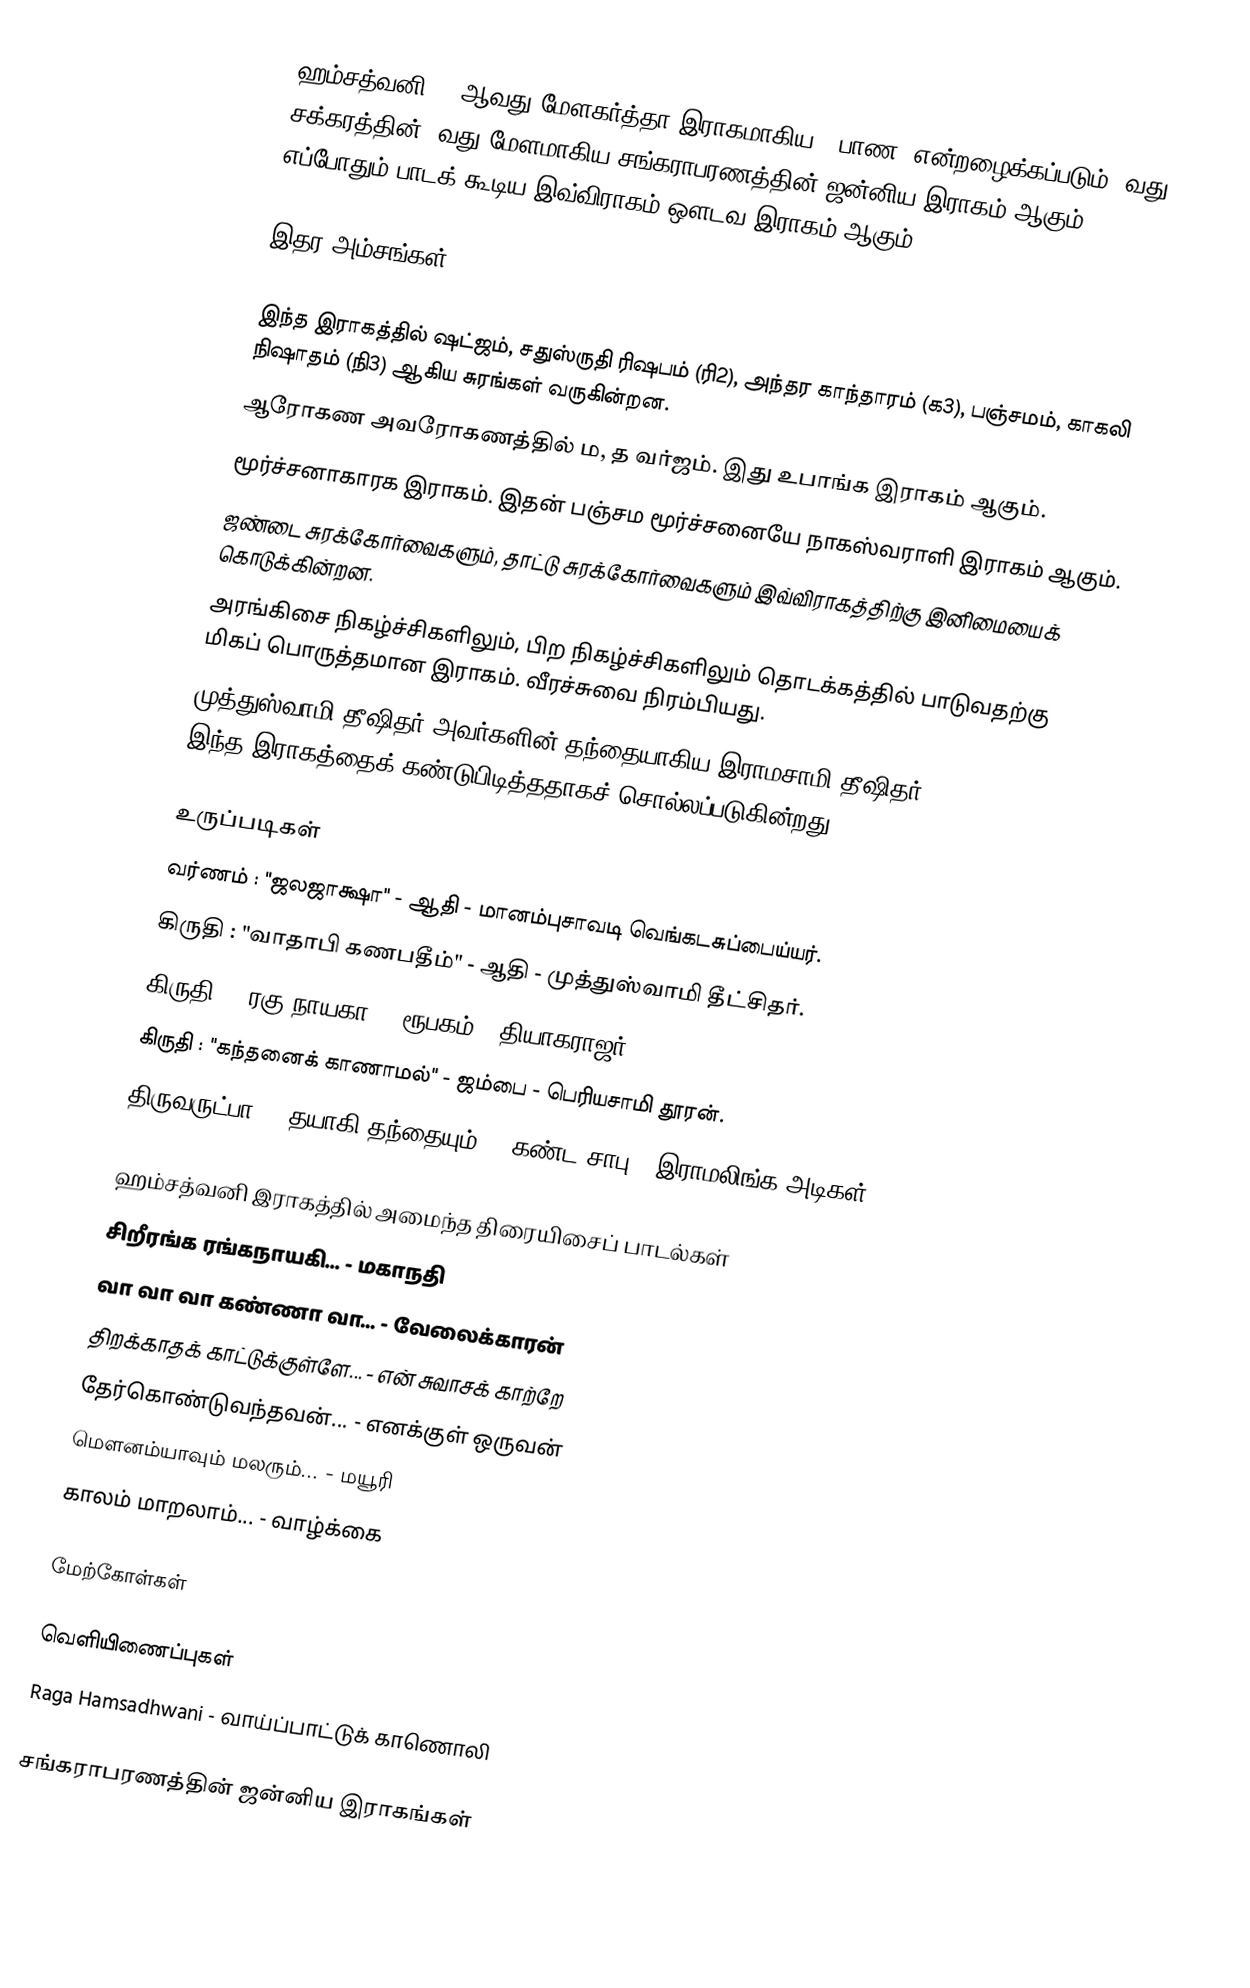
ஹம்சத்வனி 29 ஆவது மேளகர்த்தா இராகமாகிய, "பாண" என்றழைக்கப்படும் 5வது சக்கரத்தின் 5வது மேளமாகிய சங்கராபரணத்தின் ஜன்னிய இராகம் ஆகும். எப்போதும் பாடக் கூடிய இவ்விராகம் ஔடவ இராகம் ஆகும்.

இதர அம்சங்கள்

 இந்த இராகத்தில் ஷட்ஜம், சதுஸ்ருதி ரிஷபம் (ரி2), அந்தர காந்தாரம் (க3), பஞ்சமம், காகலி நிஷாதம் (நி3) ஆகிய சுரங்கள் வருகின்றன.
 ஆரோகண அவரோகணத்தில் ம, த வர்ஜம். இது உபாங்க இராகம் ஆகும்.
 மூர்ச்சனாகாரக இராகம். இதன் பஞ்சம மூர்ச்சனையே நாகஸ்வராளி இராகம் ஆகும்.
 ஜண்டை சுரக்கோர்வைகளும், தாட்டு சுரக்கோர்வைகளும் இவ்விராகத்திற்கு இனிமையைக் கொடுக்கின்றன.
 அரங்கிசை நிகழ்ச்சிகளிலும், பிற நிகழ்ச்சிகளிலும் தொடக்கத்தில் பாடுவதற்கு மிகப் பொருத்தமான இராகம். வீரச்சுவை நிரம்பியது.
 முத்துஸ்வாமி தீஷிதர் அவர்களின் தந்தையாகிய இராமசாமி தீஷிதர் (1735-1817) இந்த இராகத்தைக் கண்டுபிடித்ததாகச் சொல்லப்படுகின்றது.

உருப்படிகள்
 வர்ணம்	: "ஜலஜாக்ஷா"		- ஆதி		- மானம்புசாவடி வெங்கடசுப்பைய்யர்.
 கிருதி	: "வாதாபி கணபதீம்"	- ஆதி		- முத்துஸ்வாமி தீட்சிதர்.
 கிருதி	: "ரகு நாயகா"		- ரூபகம்	- தியாகராஜர்.
 கிருதி	: "கந்தனைக் காணாமல்"	- ஜம்பை	- பெரியசாமி தூரன்.
 திருவருட்பா : "தயாகி தந்தையும்"	- கண்ட சாபு	- இராமலிங்க அடிகள்.

ஹம்சத்வனி இராகத்தில் அமைந்த திரையிசைப் பாடல்கள்
 சிறீரங்க ரங்கநாயகி... - மகாநதி
 வா வா வா கண்ணா வா... - வேலைக்காரன்
 திறக்காதக் காட்டுக்குள்ளே... - என் சுவாசக் காற்றே
 தேர்கொண்டுவந்தவன்... - எனக்குள் ஒருவன்
 மௌனம்யாவும் மலரும்... - மயூரி
 காலம் மாறலாம்... - வாழ்க்கை

மேற்கோள்கள்

வெளியிணைப்புகள்
 Raga Hamsadhwani -  வாய்ப்பாட்டுக் காணொலி

சங்கராபரணத்தின் ஜன்னிய இராகங்கள்